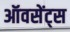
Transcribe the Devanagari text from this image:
ऑवसेंट्स